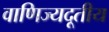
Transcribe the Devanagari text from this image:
वाणिज्यदूतीय